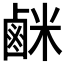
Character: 𫜇